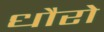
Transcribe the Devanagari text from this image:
धौरो